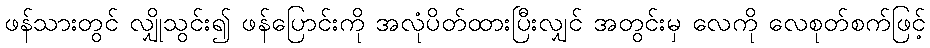
ဖန်သားတွင် လျှိုသွင်း၍ ဖန်ပြောင်းကို အလုံပိတ်ထားပြီးလျှင် အတွင်းမှ လေကို လေစုတ်စက်ဖြင့်